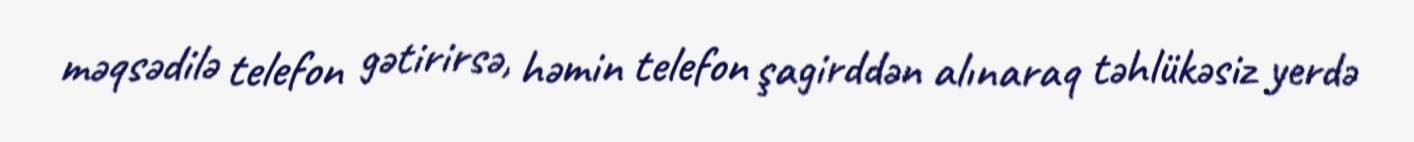
məqsədilə telefon gətirirsə, həmin telefon şagirddən alınaraq təhlükəsiz yerdə